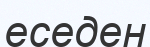
еседен